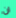
ان